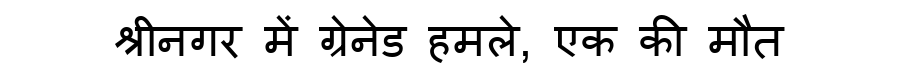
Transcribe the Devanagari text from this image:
श्रीनगर में ग्रेनेड हमले, एक की मौत